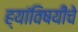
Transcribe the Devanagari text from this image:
ह्यांविषयीचे